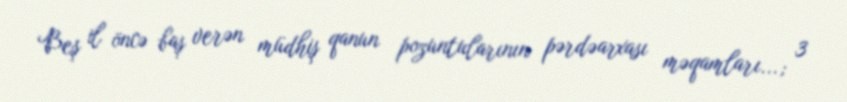
Beş il öncə baş verən müdhiş qanun pozuntularının pərdəarxası məqamları...; 3